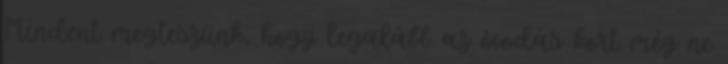
Mindent megteszünk, hogy legalább az óvodás kort még ne